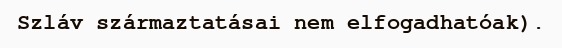
Szláv származtatásai nem elfogadhatóak).